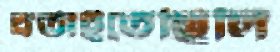
বর্তাইতেছিলি